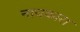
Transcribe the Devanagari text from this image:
नायकारा